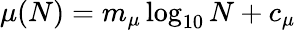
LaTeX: \mu(N)=m_{\mu}\log_{10}N+c_{\mu}